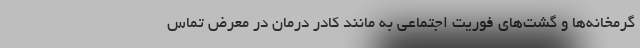
گرمخانه‌ها و گشت‌های فوریت اجتماعی به مانند کادر درمان در معرض تماس